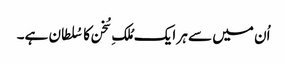
اُن میں سے ہر ایک مُلکِ سُخن کا سُلطان ہے۔